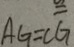
A G = C G